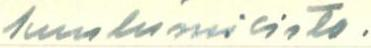
kuulumisista.